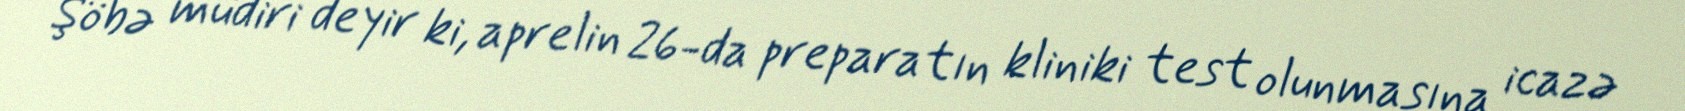
Şöbə müdiri deyir ki, aprelin 26-da preparatın kliniki test olunmasına icazə